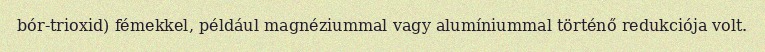
bór-trioxid) fémekkel, például magnéziummal vagy alumíniummal történő redukciója volt.